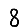
Digit: 8